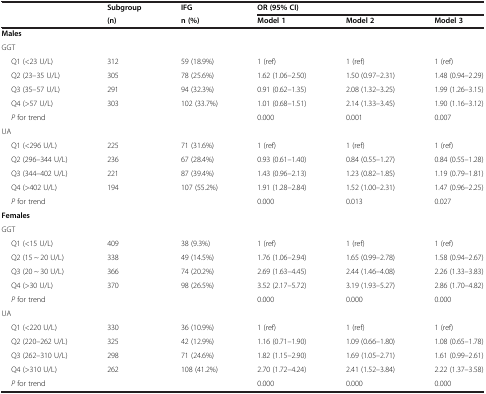
<table><thead><tr><td><b> </b></td><td><b>Subgroup</b></td><td><b>IFG</b></td><td colspan="3"><b>OR (95% CI)</b></td></tr><tr><td><b> </b></td><td><b>(n)</b></td><td><b>n (%)</b></td><td><b>Model 1</b></td><td><b>Model 2</b></td><td><b>Model 3</b></td></tr></thead><tbody><tr><td><b>Males</b></td><td> </td><td> </td><td> </td><td> </td><td> </td></tr><tr><td>GGT</td><td> </td><td> </td><td> </td><td> </td><td> </td></tr><tr><td>Q1 (&lt;23 U/L)</td><td>312</td><td>59 (18.9%)</td><td>1 (ref)</td><td>1 (ref)</td><td>1 (ref)</td></tr><tr><td>Q2 (23–35 U/L)</td><td>305</td><td>78 (25.6%)</td><td>1.62 (1.06–2.50)</td><td>1.50 (0.97–2.31)</td><td>1.48 (0.94–2.29)</td></tr><tr><td>Q3 (35–57 U/L)</td><td>291</td><td>94 (32.3%)</td><td>0.91 (0.62–1.35)</td><td>2.08 (1.32–3.25)</td><td>1.99 (1.26–3.15)</td></tr><tr><td>Q4 (&gt;57 U/L)</td><td>303</td><td>102 (33.7%)</td><td>1.01 (0.68–1.51)</td><td>2.14 (1.33–3.45)</td><td>1.90 (1.16–3.12)</td></tr><tr><td><i>P</i> for trend</td><td> </td><td> </td><td>0.000</td><td>0.001</td><td>0.007</td></tr><tr><td>UA</td><td> </td><td> </td><td> </td><td> </td><td> </td></tr><tr><td>Q1 (&lt;296 U/L)</td><td>225</td><td>71 (31.6%)</td><td>1 (ref)</td><td>1 (ref)</td><td>1 (ref)</td></tr><tr><td>Q2 (296–344 U/L)</td><td>236</td><td>67 (28.4%)</td><td>0.93 (0.61–1.40)</td><td>0.84 (0.55–1.27)</td><td>0.84 (0.55–1.28)</td></tr><tr><td>Q3 (344–402 U/L)</td><td>221</td><td>87 (39.4%)</td><td>1.43 (0.96–2.13)</td><td>1.23 (0.82–1.85)</td><td>1.19 (0.79–1.81)</td></tr><tr><td>Q4 (&gt;402 U/L)</td><td>194</td><td>107 (55.2%)</td><td>1.91 (1.28–2.84)</td><td>1.52 (1.00–2.31)</td><td>1.47 (0.96–2.25)</td></tr><tr><td><i>P</i> for trend</td><td> </td><td> </td><td>0.000</td><td>0.013</td><td>0.027</td></tr><tr><td><b>Females</b></td><td> </td><td> </td><td> </td><td> </td><td> </td></tr><tr><td>GGT</td><td> </td><td> </td><td> </td><td> </td><td> </td></tr><tr><td>Q1 (&lt;15 U/L)</td><td>409</td><td>38 (9.3%)</td><td>1 (ref)</td><td>1 (ref)</td><td>1 (ref)</td></tr><tr><td>Q2 (15 ~ 20 U/L)</td><td>338</td><td>49 (14.5%)</td><td>1.76 (1.06–2.94)</td><td>1.65 (0.99–2.78)</td><td>1.58 (0.94–2.67)</td></tr><tr><td>Q3 (20 ~ 30 U/L)</td><td>366</td><td>74 (20.2%)</td><td>2.69 (1.63–4.45)</td><td>2.44 (1.46–4.08)</td><td>2.26 (1.33–3.83)</td></tr><tr><td>Q4 (&gt;30 U/L)</td><td>370</td><td>98 (26.5%)</td><td>3.52 (2.17–5.72)</td><td>3.19 (1.93–5.27)</td><td>2.86 (1.70–4.82)</td></tr><tr><td><i>P</i> for trend</td><td> </td><td> </td><td>0.000</td><td>0.000</td><td>0.000</td></tr><tr><td>UA</td><td> </td><td> </td><td> </td><td> </td><td> </td></tr><tr><td>Q1 (&lt;220 U/L)</td><td>330</td><td>36 (10.9%)</td><td>1 (ref)</td><td>1 (ref)</td><td>1 (ref)</td></tr><tr><td>Q2 (220–262 U/L)</td><td>325</td><td>42 (12.9%)</td><td>1.16 (0.71–1.90)</td><td>1.09 (0.66–1.80)</td><td>1.08 (0.65–1.78)</td></tr><tr><td>Q3 (262–310 U/L)</td><td>298</td><td>71 (24.6%)</td><td>1.82 (1.15–2.90)</td><td>1.69 (1.05–2.71)</td><td>1.61 (0.99–2.61)</td></tr><tr><td>Q4 (&gt;310 U/L)</td><td>262</td><td>108 (41.2%)</td><td>2.70 (1.72–4.24)</td><td>2.41 (1.52–3.84)</td><td>2.22 (1.37–3.58)</td></tr><tr><td><i>P</i> for trend</td><td> </td><td> </td><td>0.000</td><td>0.000</td><td>0.000</td></tr></tbody></table>